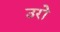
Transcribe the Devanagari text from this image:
उरो